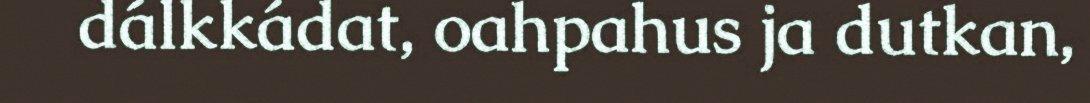
dálkkádat, oahpahus ja dutkan,